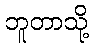
ဘူတာသို့